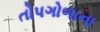
તોપગોળાના